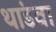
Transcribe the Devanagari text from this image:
थांडवा